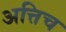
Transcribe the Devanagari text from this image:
अत्तिच